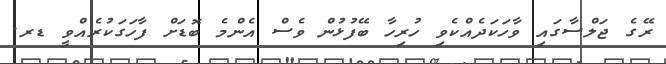
ރޭގެ ޖަލްސާގައި ވާހަކަދެއްކެވި ހުރިހާ ބޭފުޅުން ވެސް އެންމެ ބޮޑަށް ފާހަގަކުރެއްވީ ޑރ.